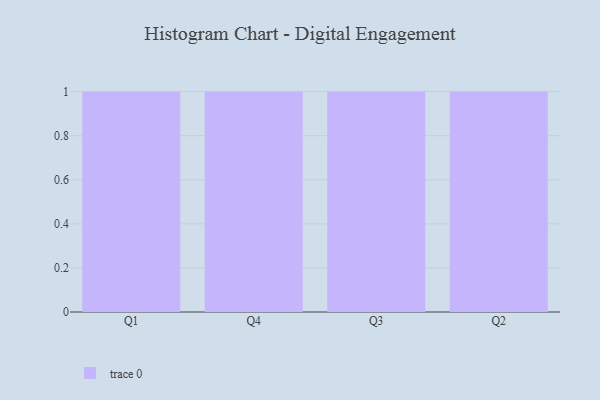
{"axis": {"x": "Quarter", "y": "Satisfaction Score"}, "legend": [""], "data": [{"x": "Q1", "y": 59, "type": ""}, {"x": "Q4", "y": 98, "type": ""}, {"x": "Q3", "y": 84, "type": ""}, {"x": "Q2", "y": 67, "type": ""}]}